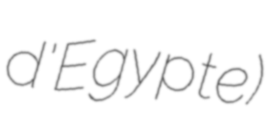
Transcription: d'Egypte)